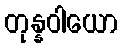
တုန္နဝါယော